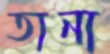
তানা